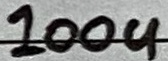
Text: 100u